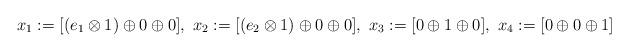
LaTeX: \begin{align*}x_1:=[(e_1\otimes 1)\oplus 0 \oplus 0],\ x_2:=[(e_2\otimes 1)\oplus 0 \oplus 0],\ x_3:=[0\oplus 1 \oplus 0],\ x_4:=[0\oplus 0\oplus 1] \end{align*}